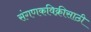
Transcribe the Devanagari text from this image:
संगणकविक्रीसाठी